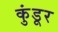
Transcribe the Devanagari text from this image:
कुंडूर